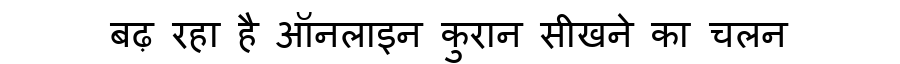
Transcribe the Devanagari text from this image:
बढ़ रहा है ऑनलाइन कुरान सीखने का चलन